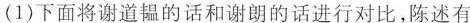
(1)下面将谢道韫的话和谢朗的话进行对比，陈述有